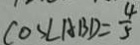
\cos \angle A B D = \frac { 4 } { 5 }